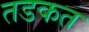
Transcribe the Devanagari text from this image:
तडकत